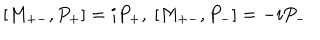
LaTeX: [ M _ { + - } , P _ { + } ] = i P _ { + } , \ [ M _ { + - } , P _ { - } ] = - i P _ { - }